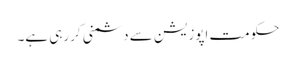
حکومت اپوزیشن سے دشمنی کررہی ہے۔